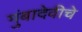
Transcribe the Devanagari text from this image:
मुंबादेवीचे